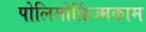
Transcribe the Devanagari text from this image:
पोलिमोर्फ़िज्मकाम